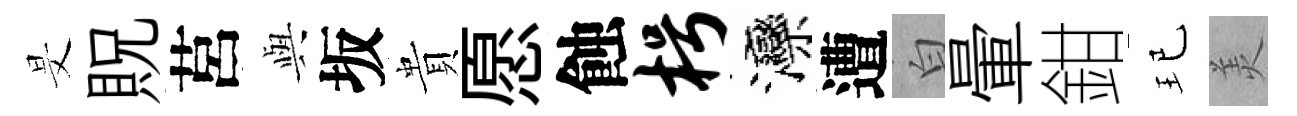
旻貺莒𫤰坂貴愿蝕枵灤遭白暈鉗玘羙